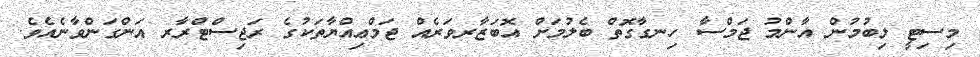
މިސިޓީ ލިބުމުން އާންމު ޖަމްސާ ހިނގާގޮތް ބެލުމަށް އޮބަޒާރވަރެއް ޖަމްޢިއްޔާތަކުގެ ރަޖިސްޓްރާރ އަންގަންވާނެއެވެ.